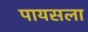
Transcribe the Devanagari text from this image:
पायसला